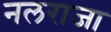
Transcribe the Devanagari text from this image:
नलराजा